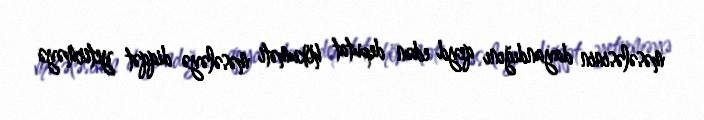
məsələsinin dayandığını qeyd edən deputat hökuməti məsələyə diqqət yetirməyə